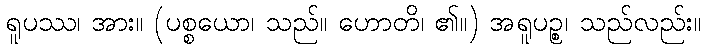
ရူပဿ၊ အား။ (ပစ္စယော၊ သည်။ ဟောတိ၊ ၏။) အရူပဉ္စ၊ သည်လည်း။